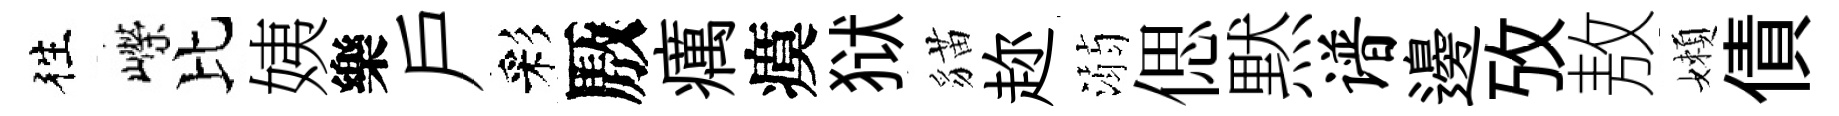
徃嶸比姨樂戶彩厫癘瘼狱貓趂溺偲黙谱邊攷敖嬾債